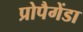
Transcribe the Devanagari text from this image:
प्रोपैगेंडा